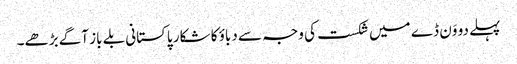
پہلے دو وَن ڈے میں شکست کی وجہ سے دباؤ کا شکار پاکستانی بلے باز آگے بڑھے۔